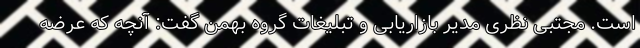
است. مجتبی نظری مدیر بازاریابی و تبلیغات گروه بهمن گفت: آنچه که عرضه